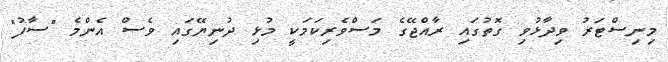
މިނިސްޓަރު ވިދާޅުވި ގޮތުގައި ރާއްޖޭގެ މަސްވެރިކަމަކީ މުޅި ދުނިޔޭގައި ވެސް އެންމެ "ސާފު"